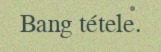
Bang tétele.